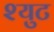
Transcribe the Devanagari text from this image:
श्युट